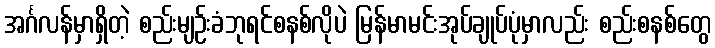
အင်္ဂလန်မှာရှိတဲ့ စည်းမျဉ်းခံဘုရင်စနစ်လိုပဲ မြန်မာမင်းအုပ်ချုပ်ပုံမှာလည်း စည်းစနစ်တွေ